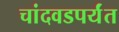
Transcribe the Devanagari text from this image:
चांदवडपर्यंत